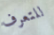
للتعرف